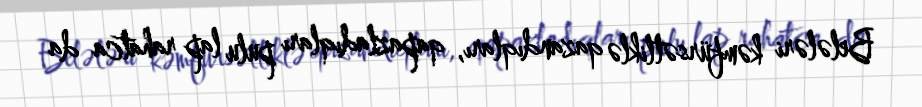
Belələri kəmfürsətliklə qazandıqları, qapazladıqları pulu lap rahatca da